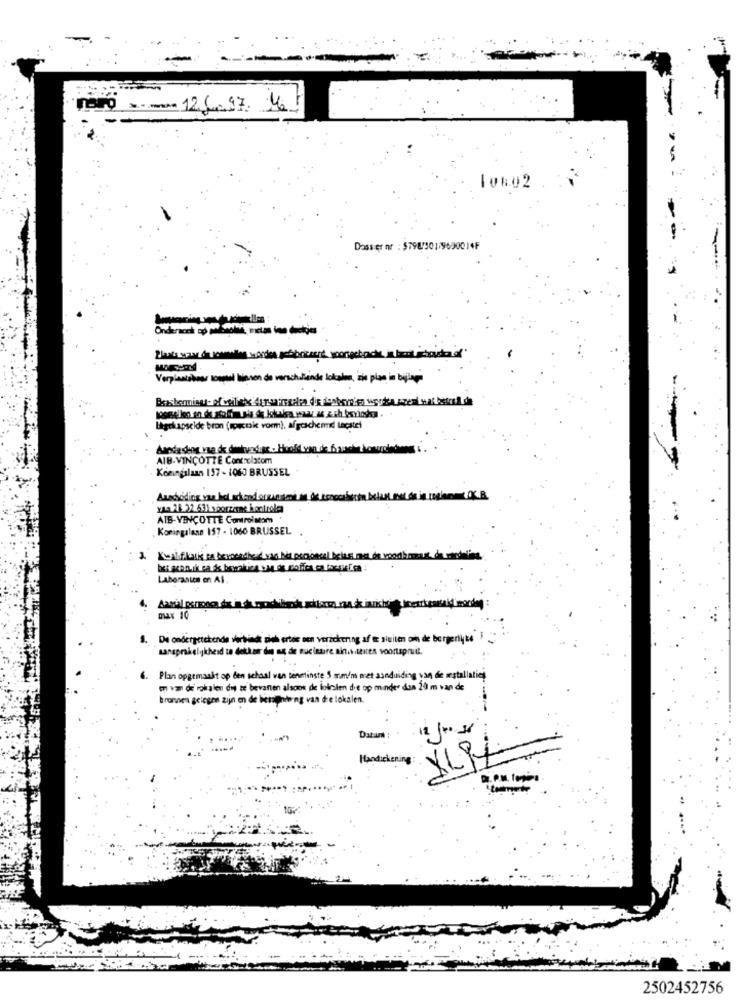
naro x 12/6.97 46
Dossier nr : $798/301-9690014F
Verplantsheer koepel binnen do verschwinde lakshem, zio plan in byleg
Baasherming- of cellisty durouressalva die posterrico soudce szeri wat betreft de
Lagrkapselde bron (ipcnak vorm), af geschen Lecatel
--
AIB-VINÇOTTE Controlatom
Koningslaan 157 - 1060 BRUSSEL
yna 28. 32 63) sporzione Kontrola
AIB-VINÇOTTE Controlsom
Koningalann 157 - 1060 BRUSSEL
Kwalifikasis to bereadher van het personeel bette mest de woodbomaust de mandatins
Laboranice en Al
De ondergetekende verbindt zieh ertos een verzekering af te sluiten om de bergertyte
aansprakelijkheid to dokken din ng de nucinuire a
ces voortspruit.
6. Plan opgemaakt op den schaal van tenminste 5 mm/m met aanduiding van de sestallation
m van de vokalen die ze bevanen alsook de lololen die op minder dan 20 m van de
bromea gelegen zijn en de bessoniteng van de lokale
Dat
XL9
2502452756